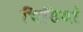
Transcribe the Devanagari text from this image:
चिटियां